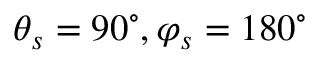
\theta _ { s } = 9 0 ^ { \circ } , \varphi _ { s } = 1 8 0 ^ { \circ }